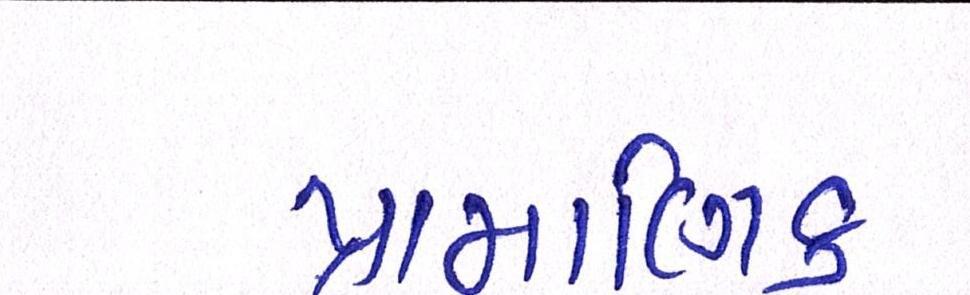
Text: પ્રામાણિક